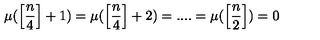
\mu ( \left[ \frac { n } { 4 } \right] + 1 ) = \mu ( \left[ \frac { n } { 4 } \right] + 2 ) = . . . . = \mu ( \left[ \frac { n } { 2 } \right] ) = 0